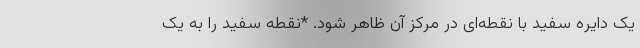
یک دایره سفید با نقطه‌ای در مرکز آن ظاهر شود. *نقطه سفید را به یک